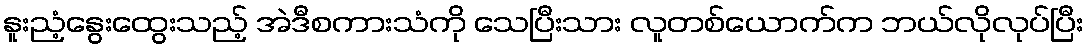
နူးညံ့နွေးထွေးသည့် အဲဒီစကားသံကို သေပြီးသား လူတစ်ယောက်က ဘယ်လိုလုပ်ပြီး